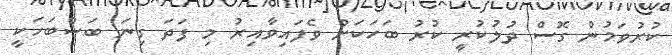
ކުރުވަމުން ގޮސް ދުލުކުރީ ކުރު ބަހަކަށް ވެފައިވާއިރު މި ފަދަ ގިނަ ބަސްބަހަކީ